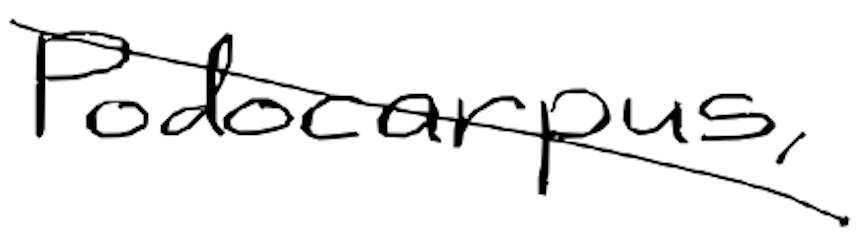
Text: Podocarpus,
Cross-out: diagonal
Writing tool: digital_black